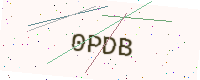
Text: 0PDB